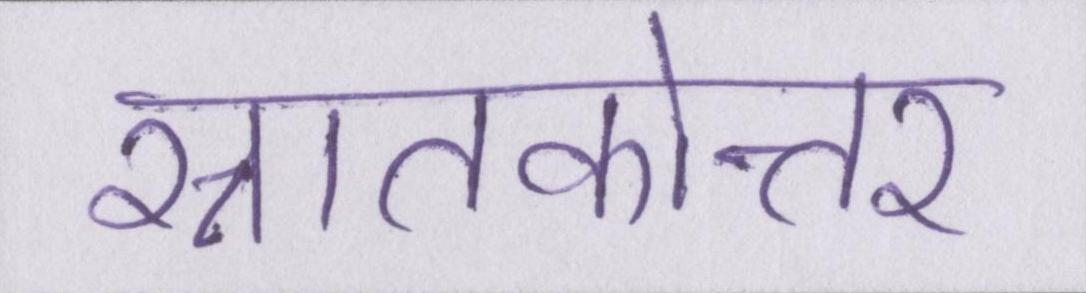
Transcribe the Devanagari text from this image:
स्नातकोत्तर